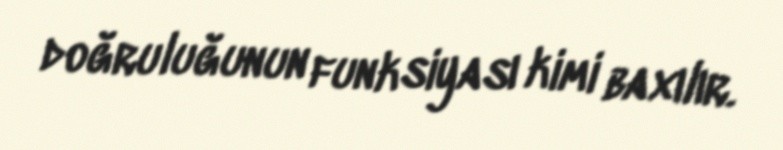
doğruluğunun funksiyası kimi baxılır.